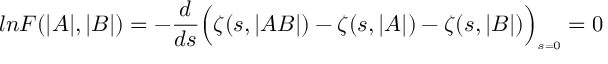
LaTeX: l n F ( \vert A \vert , \vert B \vert ) = - \frac { d } { d s } \Bigl ( \zeta ( s , \vert A B \vert ) - \zeta ( s , \vert A \vert ) - \zeta ( s , \vert B \vert ) \Bigr ) _ { \scriptscriptstyle s = 0 } = 0